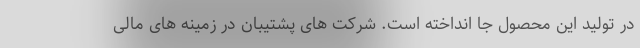
در تولید این محصول جا انداخته است. شرکت های پشتیبان در زمینه های مالی